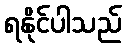
ရနိုင်ပါသည်